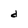
Character: d